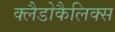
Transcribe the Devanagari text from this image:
क्लैडोकैलिक्स